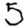
Digit: 5